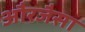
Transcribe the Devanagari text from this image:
औरजैसा